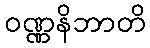
ဝဏ္ဏနိဘာတိ